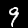
Label: 9